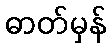
ဓာတ်မှန်